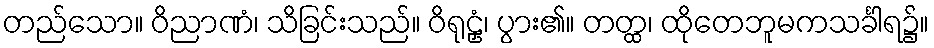
တည်သော။ ဝိညာဏံ၊ သိခြင်းသည်။ ဝိရုဠှံ၊ ပွား၏။ တတ္ထ၊ ထိုတေဘူမကသင်္ခါရ၌။